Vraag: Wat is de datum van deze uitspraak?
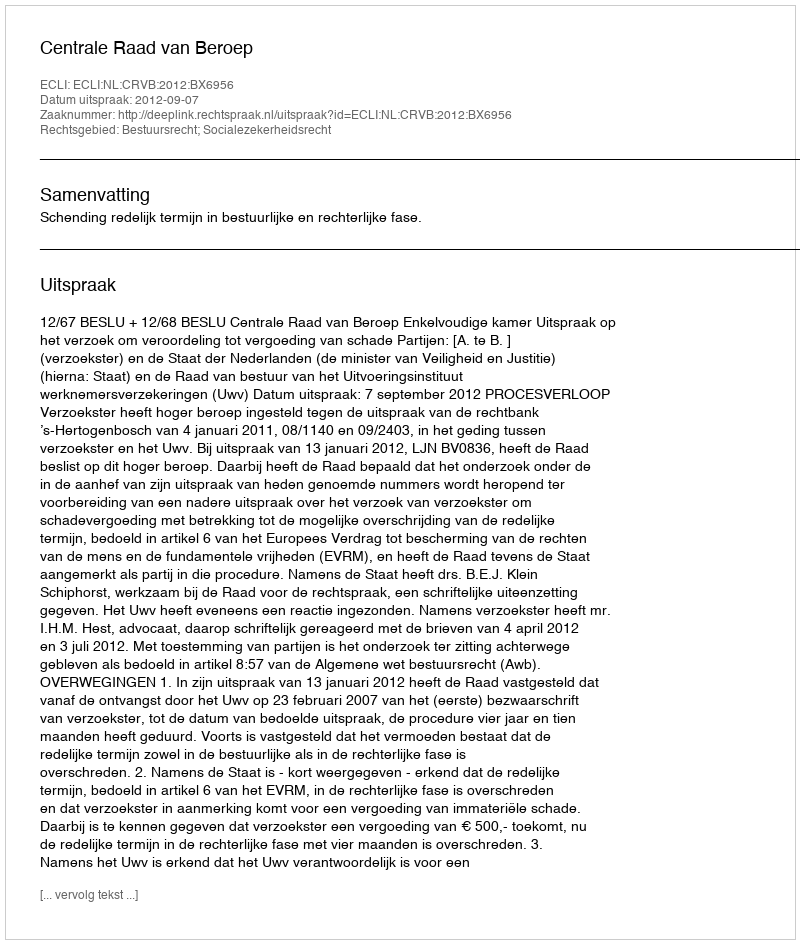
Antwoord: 2012-09-07